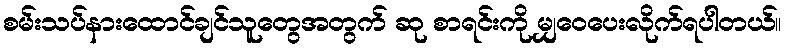
စမ်းသပ်နားထောင်ချင်သူတွေအတွက် ဆု စာရင်းကို မျှဝေပေးလိုက်ရပါတယ်။